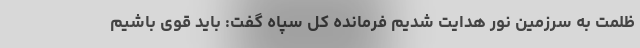
ظلمت به سرزمین نور هدایت شدیم فرمانده کل سپاه گفت: باید قوی باشیم